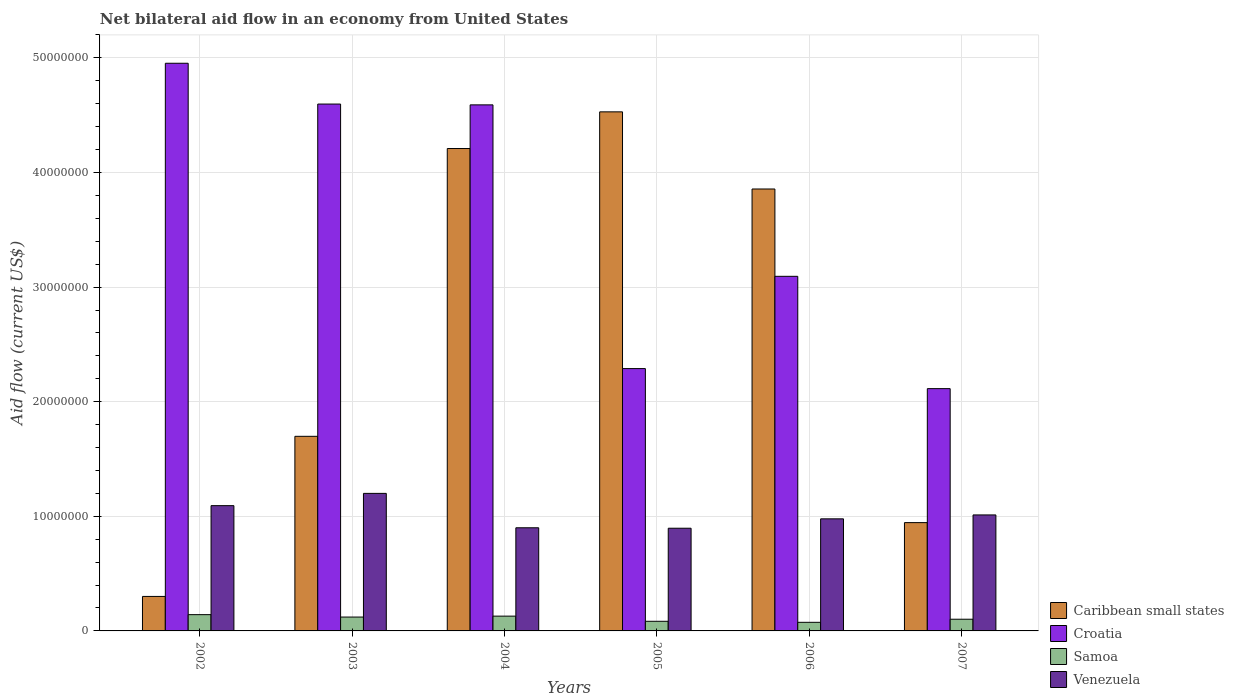
| Years | Caribbean small states | Croatia | Samoa | Venezuela |
 | --- | --- | --- | --- | --- |
 | 2002 | 3.01e+06 | 4.95e+07 | 1.42e+06 | 1.09e+07 |
 | 2003 | 1.7e+07 | 4.6e+07 | 1.21e+06 | 1.2e+07 |
 | 2004 | 4.21e+07 | 4.59e+07 | 1.29e+06 | 9e+06 |
 | 2005 | 4.53e+07 | 2.29e+07 | 8.4e+05 | 8.96e+06 |
 | 2006 | 3.86e+07 | 3.09e+07 | 7.5e+05 | 9.78e+06 |
 | 2007 | 9.45e+06 | 2.11e+07 | 1.02e+06 | 1.01e+07 |